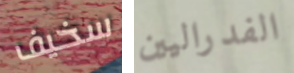
سخيف الفدراليين